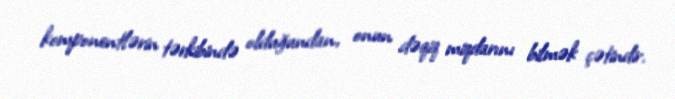
komponentlərin tərkibində olduğundan, onun dəqiq miqdarını bilmək çətindir.